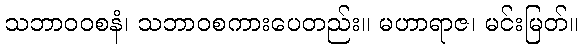
သဘာဝဝစနံ၊ သဘာဝစကားပေတည်း။ မဟာရာဇ၊ မင်းမြတ်။